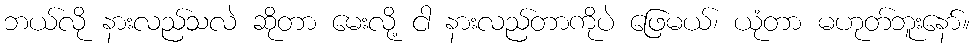
ဘယ်လို နားလည်သလဲ ဆိုတာ မေးလို့ ငါ နားလည်တာကိုပဲ ဖြေမယ်၊ ယုံတာ မဟုတ်ဘူးနော်။